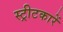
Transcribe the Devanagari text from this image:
स्ट्रीटकारें